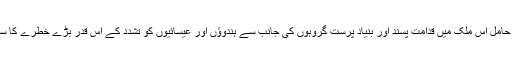
فاطمہ بھٹو نے کہا ’’پاکستان کے 70 فیصد مسلمان سنّی ہیں اور مسلم اکثریت کے حامل اس ملک میں قدامت پسند اور بنیاد پرست گروہوں کی جانب سے ہندوؤں اور عیسائیوں کو تشدد کے اس قدر بڑے خطرے کا سامنا نہیں ہے، جیسا کہ شیعہ مسلک کے لوگوں کو خطرے کا سامنا کرنا پڑرہا ہے۔